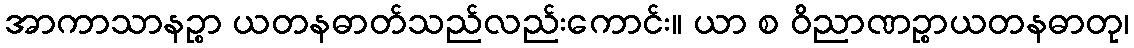
အာကာသာနဉ္စာ ယတနဓာတ်သည်လည်းကောင်း။ ယာ စ ဝိညာဏဉ္စာယတနဓာတု၊